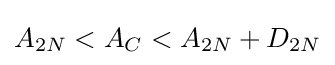
A_{2N}<A_{C}<A_{2N}+D_{2N}